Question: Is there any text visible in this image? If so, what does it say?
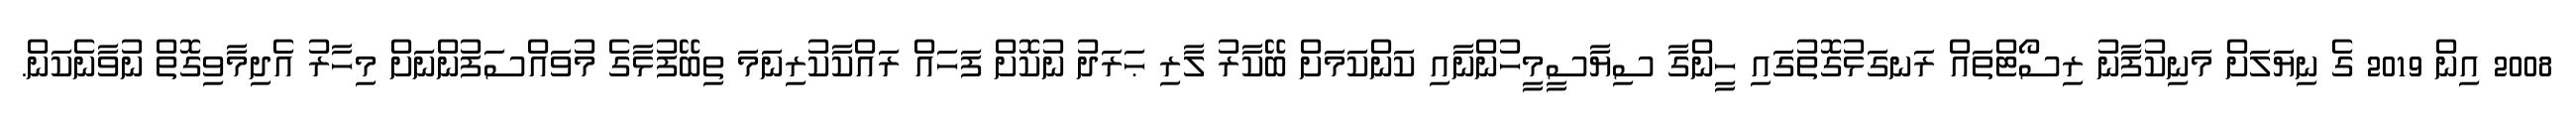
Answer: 2008 އިން 2019 ގެ ނިޔަލަށް މަނިކުފާނު ރިސޯޓްތައް ރަނގަޅުގޮތުގައި ހީންގާ ސިޔާސީމީހުންނާއި ކަންކަމަށް ބޭކާރު ލާރި ޙަރަދު ނުކޮށް ފަހައް ރައްކާކުރިނަމަ ތިބޭފުޅާގެ މުވައްސަފުންނަށް މިހާރު އެދިމާވިގޮތް ނުވާނެކަން.